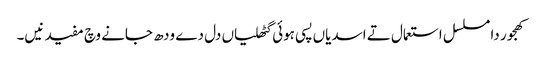
کھجور دا مسلسل استعمال تے اسدیاں پسی ہوئی گٹھلیاں دل دے ودھ جانے وچ مفید نیں۔